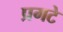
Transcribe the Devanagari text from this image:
प्रगटे